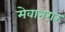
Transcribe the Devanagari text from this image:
मेवानगर